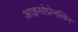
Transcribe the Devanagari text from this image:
आइसोप्रेनलिन